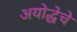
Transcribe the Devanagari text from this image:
अयोद्धेचे